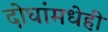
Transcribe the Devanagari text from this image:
दोघांमधेही